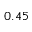
0 . 4 5